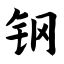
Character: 钢